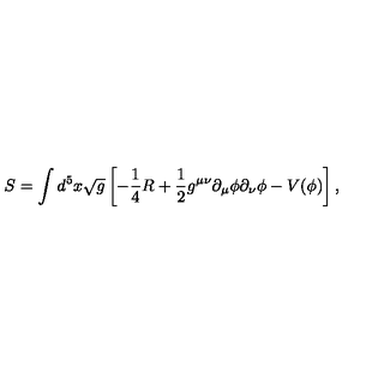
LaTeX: S = \int d ^ { 5 } x \sqrt { g } \left[ - \frac { 1 } { 4 } R + \frac { 1 } { 2 } g ^ { \mu \nu } \partial _ { \mu } \phi \partial _ { \nu } \phi - V ( \phi ) \right] ,